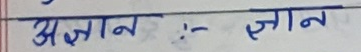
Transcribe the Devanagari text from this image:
अज्ञान :- ज्ञान